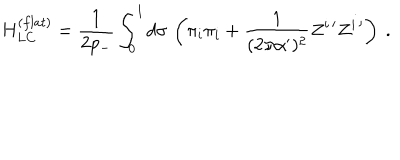
H _ { L C } ^ { ( f l a t ) } = \frac { 1 } { 2 p _ { - } } \int _ { 0 } ^ { l } d \sigma \, \left( \pi _ { i } \pi _ { i } + \frac { 1 } { ( 2 \pi \alpha ^ { \prime } ) ^ { 2 } } Z ^ { i \, \prime } Z ^ { i \, \prime } \right) \ .